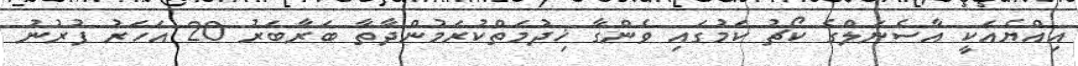
އިއްޔެއަކީ އާސެނަލްގެ ކޯޗު ކަމުގައި ވެންގާ ޚިދުމަތްކުރަމުންދާތާ ބަރާބަރު 20 އަހަރު ފުރުނު